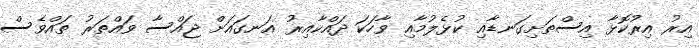
އިރު އިރުކޮޅާ އިސްތަށިގަނޑާއި ކުޅެލުމާއި ވާހަކަ ދައްކާއިރު އަނގައަށް ޖައްސާ ވައްތަރު ތައްވެސް